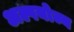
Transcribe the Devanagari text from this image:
अल्पयोज्य